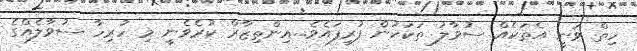
ހިތް ވަނީ އެތަކެއްް ސުވާލު ތަކަކުން ފުރިފައެވެ...އިންތިޒާރް ކުރެވެނީ މި ހުރިހާ ސުވާލެއްގެ